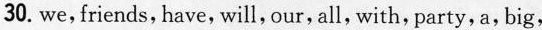
30. we,friends, have, will, our, all, with, party,a, big,